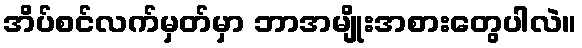
အိပ်စင်လက်မှတ်မှာ ဘာအမျိုးအစားတွေပါလဲ။